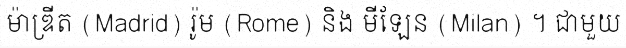
ម៉ាឌ្រីត (Madrid) រ៉ូម (Rome) និង មីឡែន (Milan) ។ ជាមួយ